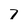
Character: 7